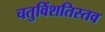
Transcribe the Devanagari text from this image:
चतुविंशतिस्तव